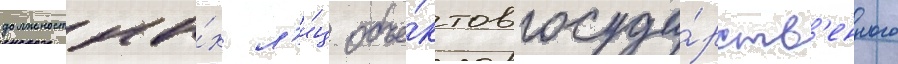
должностны́х л'и́ц объе́ктов госуда́рств'енного